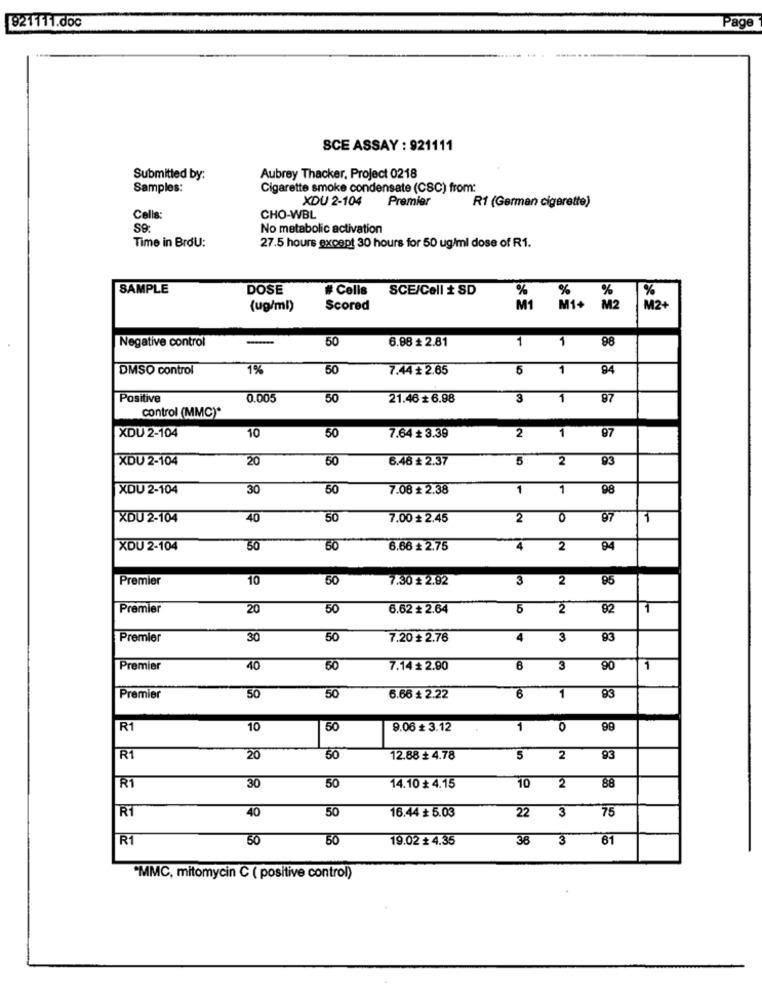
921111.doc
Page
SCE ASSAY : 921111
Submitted by:
Aubrey Thacker, Project 0218
Samples:
Cigarette smoke condensate (CSC) from:
XDU 2-104
Premier
Rf (German cigarette)
Cells:
CHO-WBL
S9:
No metabolic activation
Time in BrdU:
27.5 hours except 30 hours for 50 ug/ml dose of R1.
SAMPLE
DOSE
# Cells
SCE/Cell # SD
%
%
%
(ug/ml)
Scored
M1+
M2
M2+
Negative control
50
6.88 ₺ 2.81
1 1
98
DMSO control
1%
50
7.44 # 2.65
94
5 1
Positive
0.005
50
21.46 # 6.98
3
1
87
control (MMC)*
XDU 2-104
1
10
50
7.64 # 3.39
2
97
XDU 2-104
20
50
6.46 ₺ 2.37
5
2
93
XDU 2-104
30
50
7.08 + 2.38
1
1
98
XDU 2-104
40
50
7.00 ₺ 2.45
2
0
97
1
XDU 2-104
50
50
6.66 # 2.75
4
2
94
Premier
10
50
7.30 £ 2.92
3
2
95
Premier
20
50
6.62 # 2.64
5
2
82
1
Premier
30
50
7.20 # 2.76
4
3
93
Premier
40
50
7.14 + 2.90
6
3
90
1
Premier
50
50
6.66 ₺ 2.22
6
1
93
86
R1
10
50
9.06 # 3.12
1
0
R1
20
50
12.88 ₺ 4.78
5
2
93
88
R1
30
30
14.10 # 4.15
10
2
RT
22 3
75
40
50
16.44 $ 5.03
R1
50
50
19.02 + 4.35
36 3 61
"MMC, mitomycin C ( positive control)